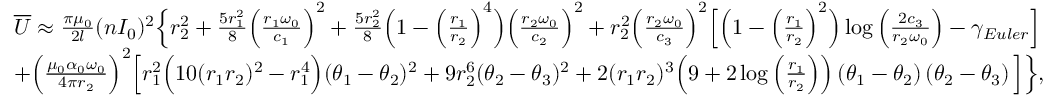
\begin{array} { r l } & { \overline { { U } } \approx \frac { \pi \mu _ { 0 } } { 2 l } ( n I _ { 0 } ) ^ { 2 } \Big \{ r _ { 2 } ^ { 2 } + \frac { 5 r _ { 1 } ^ { 2 } } { 8 } \Big ( \frac { r _ { 1 } \omega _ { 0 } } { c _ { 1 } } \Big ) ^ { 2 } + \frac { 5 r _ { 2 } ^ { 2 } } { 8 } \Big ( 1 - \Big ( \frac { r _ { 1 } } { r _ { 2 } } \Big ) ^ { 4 } \Big ) \Big ( \frac { r _ { 2 } \omega _ { 0 } } { c _ { 2 } } \Big ) ^ { 2 } + r _ { 2 } ^ { 2 } \Big ( \frac { r _ { 2 } \omega _ { 0 } } { c _ { 3 } } \Big ) ^ { 2 } \Big [ \Big ( 1 - \Big ( \frac { r _ { 1 } } { r _ { 2 } } \Big ) ^ { 2 } \Big ) \log \Big ( \frac { 2 c _ { 3 } } { r _ { 2 } \omega _ { 0 } } \Big ) - \gamma _ { E u l e r } \Big ] } \\ & { + \Big ( \frac { \mu _ { 0 } \alpha _ { 0 } \omega _ { 0 } } { 4 \pi r _ { 2 } } \Big ) ^ { 2 } \Big [ r _ { 1 } ^ { 2 } \Big ( 1 0 ( r _ { 1 } r _ { 2 } ) ^ { 2 } - r _ { 1 } ^ { 4 } \Big ) ( \theta _ { 1 } - \theta _ { 2 } ) ^ { 2 } + 9 r _ { 2 } ^ { 6 } ( \theta _ { 2 } - \theta _ { 3 } ) ^ { 2 } + 2 ( r _ { 1 } r _ { 2 } ) ^ { 3 } \Big ( 9 + 2 \log \Big ( \frac { r _ { 1 } } { r _ { 2 } } \Big ) \Big ) \left( \theta _ { 1 } - \theta _ { 2 } \right) \left( \theta _ { 2 } - \theta _ { 3 } \right) \Big ] \Big \} , } \end{array}